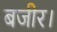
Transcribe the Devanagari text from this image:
बजीर।